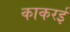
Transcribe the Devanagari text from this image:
काकरई